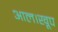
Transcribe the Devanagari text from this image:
आल।खूप